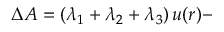
\Delta { \cal A } = \left( \lambda _ { 1 } + \lambda _ { 2 } + \lambda _ { 3 } \right) u ( r ) -